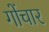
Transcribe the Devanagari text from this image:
गोंचार